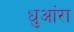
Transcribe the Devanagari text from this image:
धुआंरा